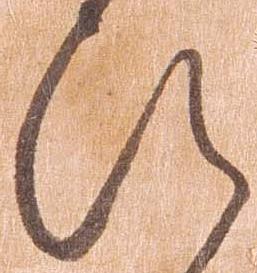
ひ